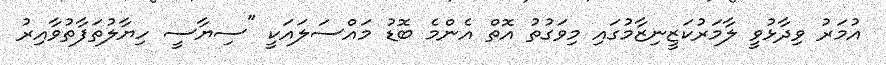
އުމަރު ވިދާޅުވީ ލާމަރުކަޒީނިޒާމުގައި މިވަގުތު އޮތް އެންމެ ބޮޑު މައްސަލައަކީ "ސިޔާސީ ހިޔާލުތަފާތުވާއިރު